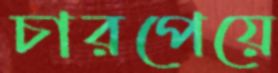
চারপেয়ে